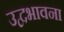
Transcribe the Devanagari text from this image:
उद्वभावना